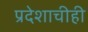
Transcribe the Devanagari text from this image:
प्रदेशाचीही